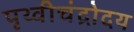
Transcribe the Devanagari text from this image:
पृथ्वीचंद्रोदय